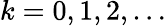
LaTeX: k=0,1,2,\dots